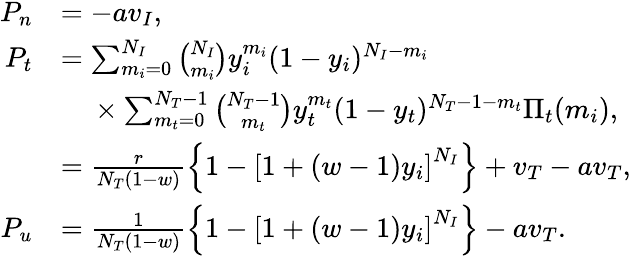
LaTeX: \begin{array}{rl}{P_{n}}&{=-av_{I},}\\ {P_{t}}&{=\sum_{m_{i}=0}^{N_{I}}\binom{N_{I}}{m_{i}}y_{i}^{m_{i}}(1-y_{i})^{N_{I}-m_{i}}}\\ &{\mathrm{\quad}\times\sum_{m_{t}=0}^{N_{T}-1}\binom{N_{T}-1}{m_{t}}y_{t}^{m_{t}}(1-y_{t})^{N_{T}-1-m_{t}}\Pi_{t}(m_{i}),}\\ &{=\frac{r}{N_{T}(1-w)}\left\{ 1-\left[1+(w-1)y_{i}\right]^{N_{I}}\right\} +v_{T}-av_{T},}\\ {P_{u}}&{=\frac{1}{N_{T}(1-w)}\left\{ 1-\left[1+(w-1)y_{i}\right]^{N_{I}}\right\} -av_{T}.}\end{array}